system: You are a helpful assistant.
user:
Analyze the provided spectrum to determine if it is a **M-type Giant (gM)**.

A M-type Giant spectrum is defined by its **strong molecular absorption** features, particularly from **Titanium Oxide (TiO)**. You must check for one of the following mutually exclusive signatures:

- **Key Visual Indicators (Absorption-Dominated Spectrum):**

    - **(Primary):** The spectrum is dominated by strong molecular absorption from **Titanium Oxide (TiO)**. This is the **defining feature** of its M-type temperature class.
        - **(Key Bandheads):** Look for sharp, "saw-tooth" absorption valleys. The strongest are located near **~7050 Å**, **~6160 Å**, and **~5170 Å**.
        - **(Line Profile):** The "saw-tooth" morphology is critical: a **sharp, steep drop on the BLUE (short-wavelength) side** of the bandhead, followed by a gradual recovery (rising flux) towards the RED (long-wavelength) side.

    - **(Key Confirmation - Giant vs. Dwarf):** **ABSENCE** of strong **Calcium Hydride (CaH)** molecular bands. This is the primary diagnostic for *excluding* M-dwarfs.
        - **(Key Region):** The spectrum should lack the strong, broad absorption band seen in dwarfs between **~6800 Å and ~7000 Å**.

    - **(Secondary Confirmation - Giant):** A very strong and broad **Neutral Calcium (Ca I)** atomic absorption line.
        - **(Key Line):** Located at **~4226 Å**. In a giant (gM), this line is significantly deeper and broader than the same line in an M-dwarf (dM) due to low surface gravity.

    - **(Overall Spectrum):**
        - The continuum is **extremely red-sloping** (i.e., flux is very low in the blue and rises dramatically towards the red).
        - The entire spectrum appears "chopped up" by the deep TiO bands.

Think first, call **spectral_visualization_tool** if needed to examine features in detail, then provide your final answer. Your response must adhere to the following strict rules:
1.  **Overall Structure:** Your response must follow the format `<think>...</think> <tool_call>...</tool_call> (if a tool is used) <answer>...</answer>`.
2.  **Tool Usage Constraint:** You may only make **one** tool call per turn.
3.  **Final Answer Format:** In the `<answer>` tag, your conclusion must be inside a `\boxed{}` command (e.g., `\boxed{YES}` or `\boxed{NO}`), followed by your justification.

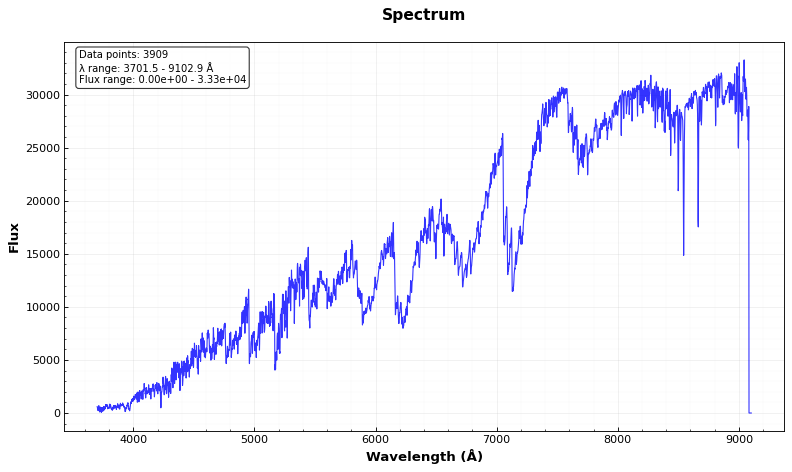
Answer: YES